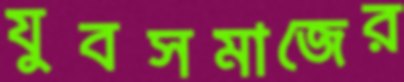
যুবসমাজের